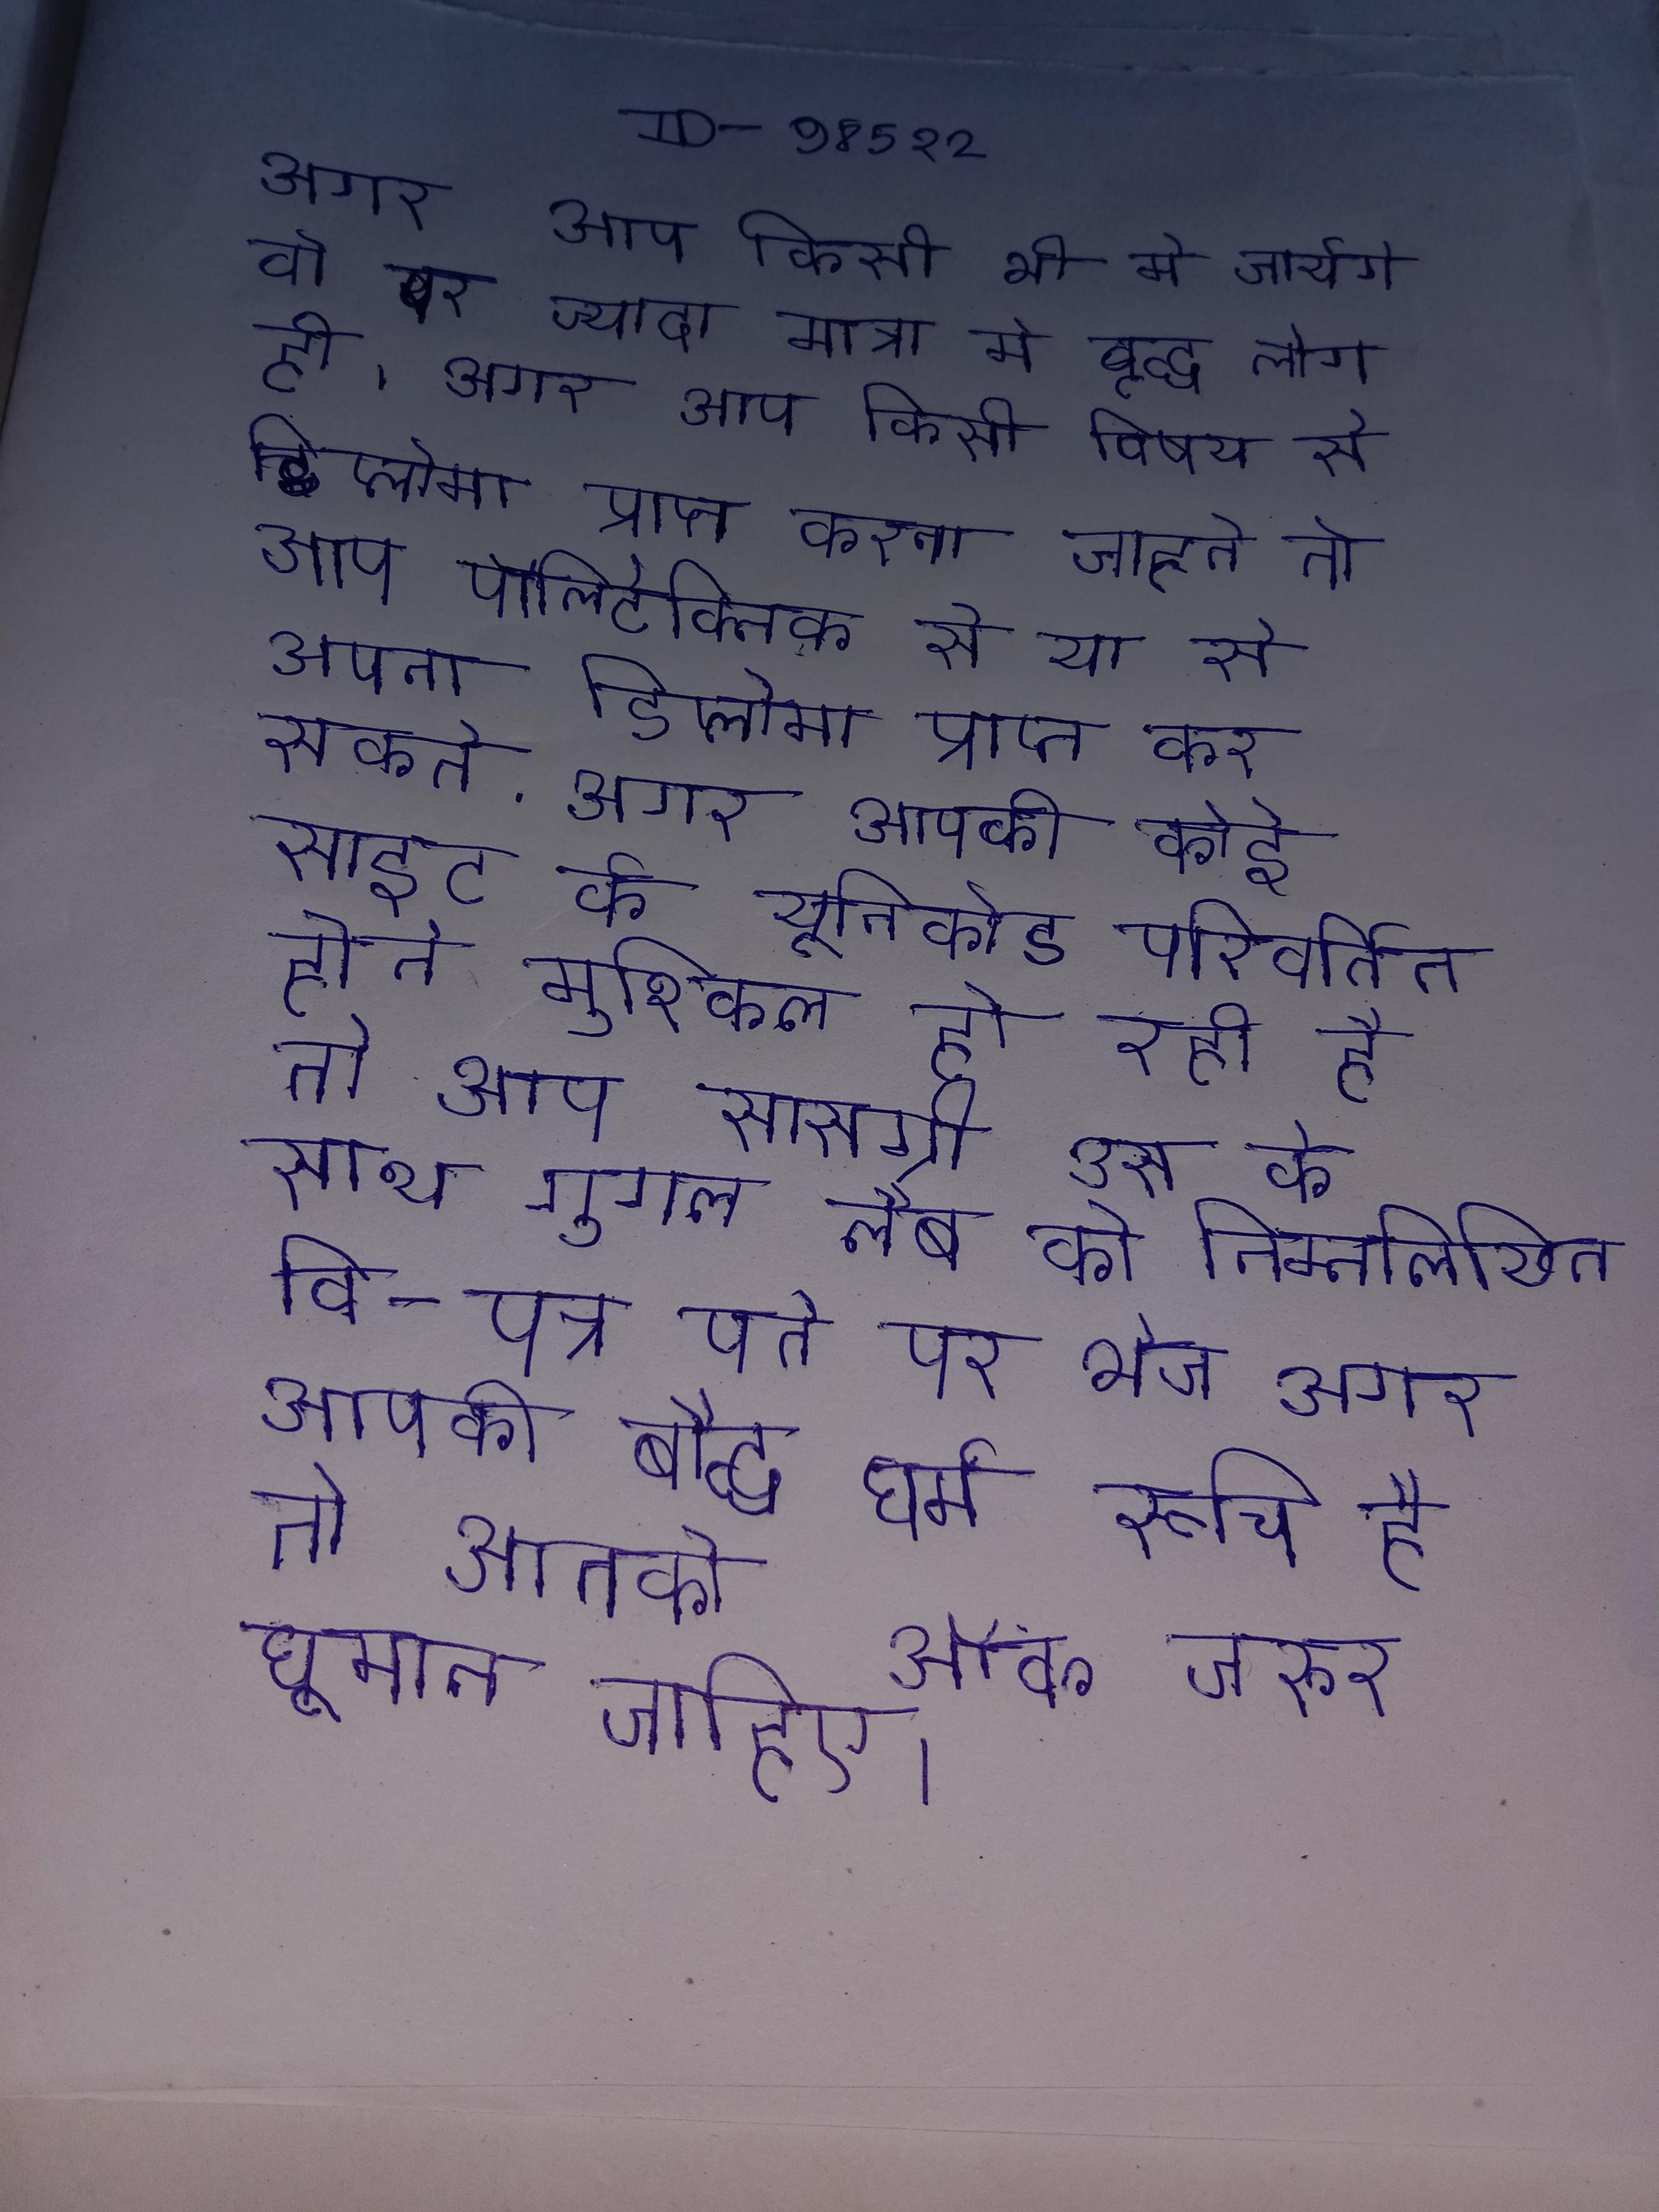
अगर आप किसी भी मे जायेगे तो पर ज्यादा मात्रा मे वृद्ध लोग ही । अगर आप किसी विषय से डिप्लोमा प्राप्त करना चाहते तो आप पॉलिटेक्निक से या से अपना डिप्लोमा प्राप्त कर सकते . अगर आपकी कोई साइट के यूनिकोड परिवर्तित होने मुश्किल हो रही है तो आप सामग्री उस के साथ गुगल लैब को निम्नलिखित वि-पत्र पते पर भेज अगर आपकी बौद्ध धर्म रुचि है तो आपको ऑफ जरुर घूमना चाहिए ।